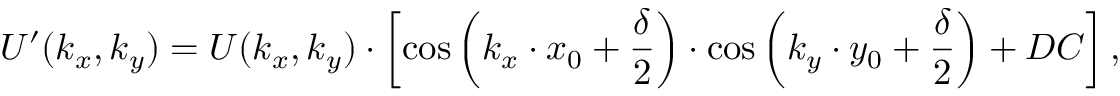
U ^ { \prime } ( k _ { x } , k _ { y } ) = U ( k _ { x } , k _ { y } ) \cdot \left[ \cos \left( k _ { x } \cdot x _ { 0 } + \frac \delta 2 \right) \cdot \cos \left( k _ { y } \cdot y _ { 0 } + \frac \delta 2 \right) + D C \right] ,